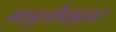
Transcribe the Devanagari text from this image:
माचुलोपपुलर